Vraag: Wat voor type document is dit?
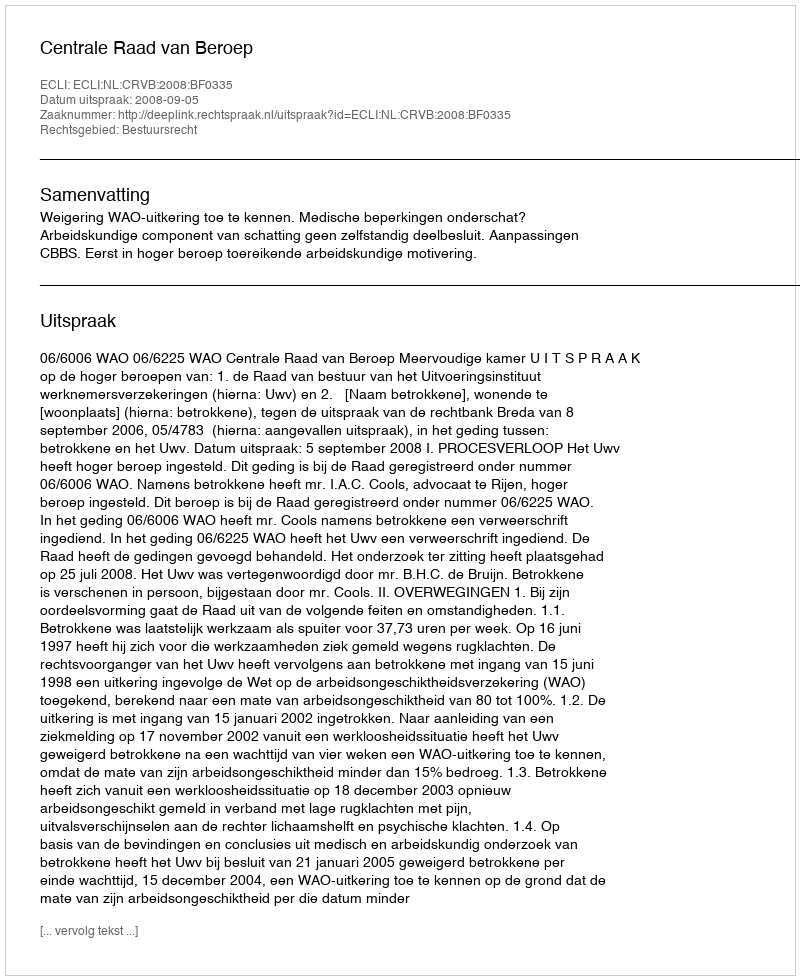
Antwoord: Uitspraak